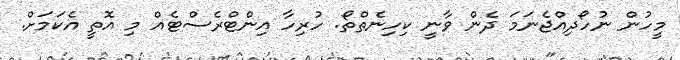
މީހުން ނުހޯދިއްޖެނަމަ ދެން ވާނީ ކިހިނެތްތޯ. ހުރިހާ އިންޓްރެސްޓެއް މި އޮތީ އެކަމަށް.